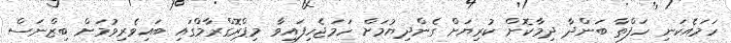
ހަމައެކަނި ހަފްތާ ބަންދާ ދިމާކޮށް ކުރިޔަށް ގެންދިޔުމަށް ހަމަޖެހިފައިވާ މިޕްރޮގްރާމްގައި ބައިވެރިވުމަށް ބިޒްނަސް